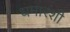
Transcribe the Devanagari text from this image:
धमारशी